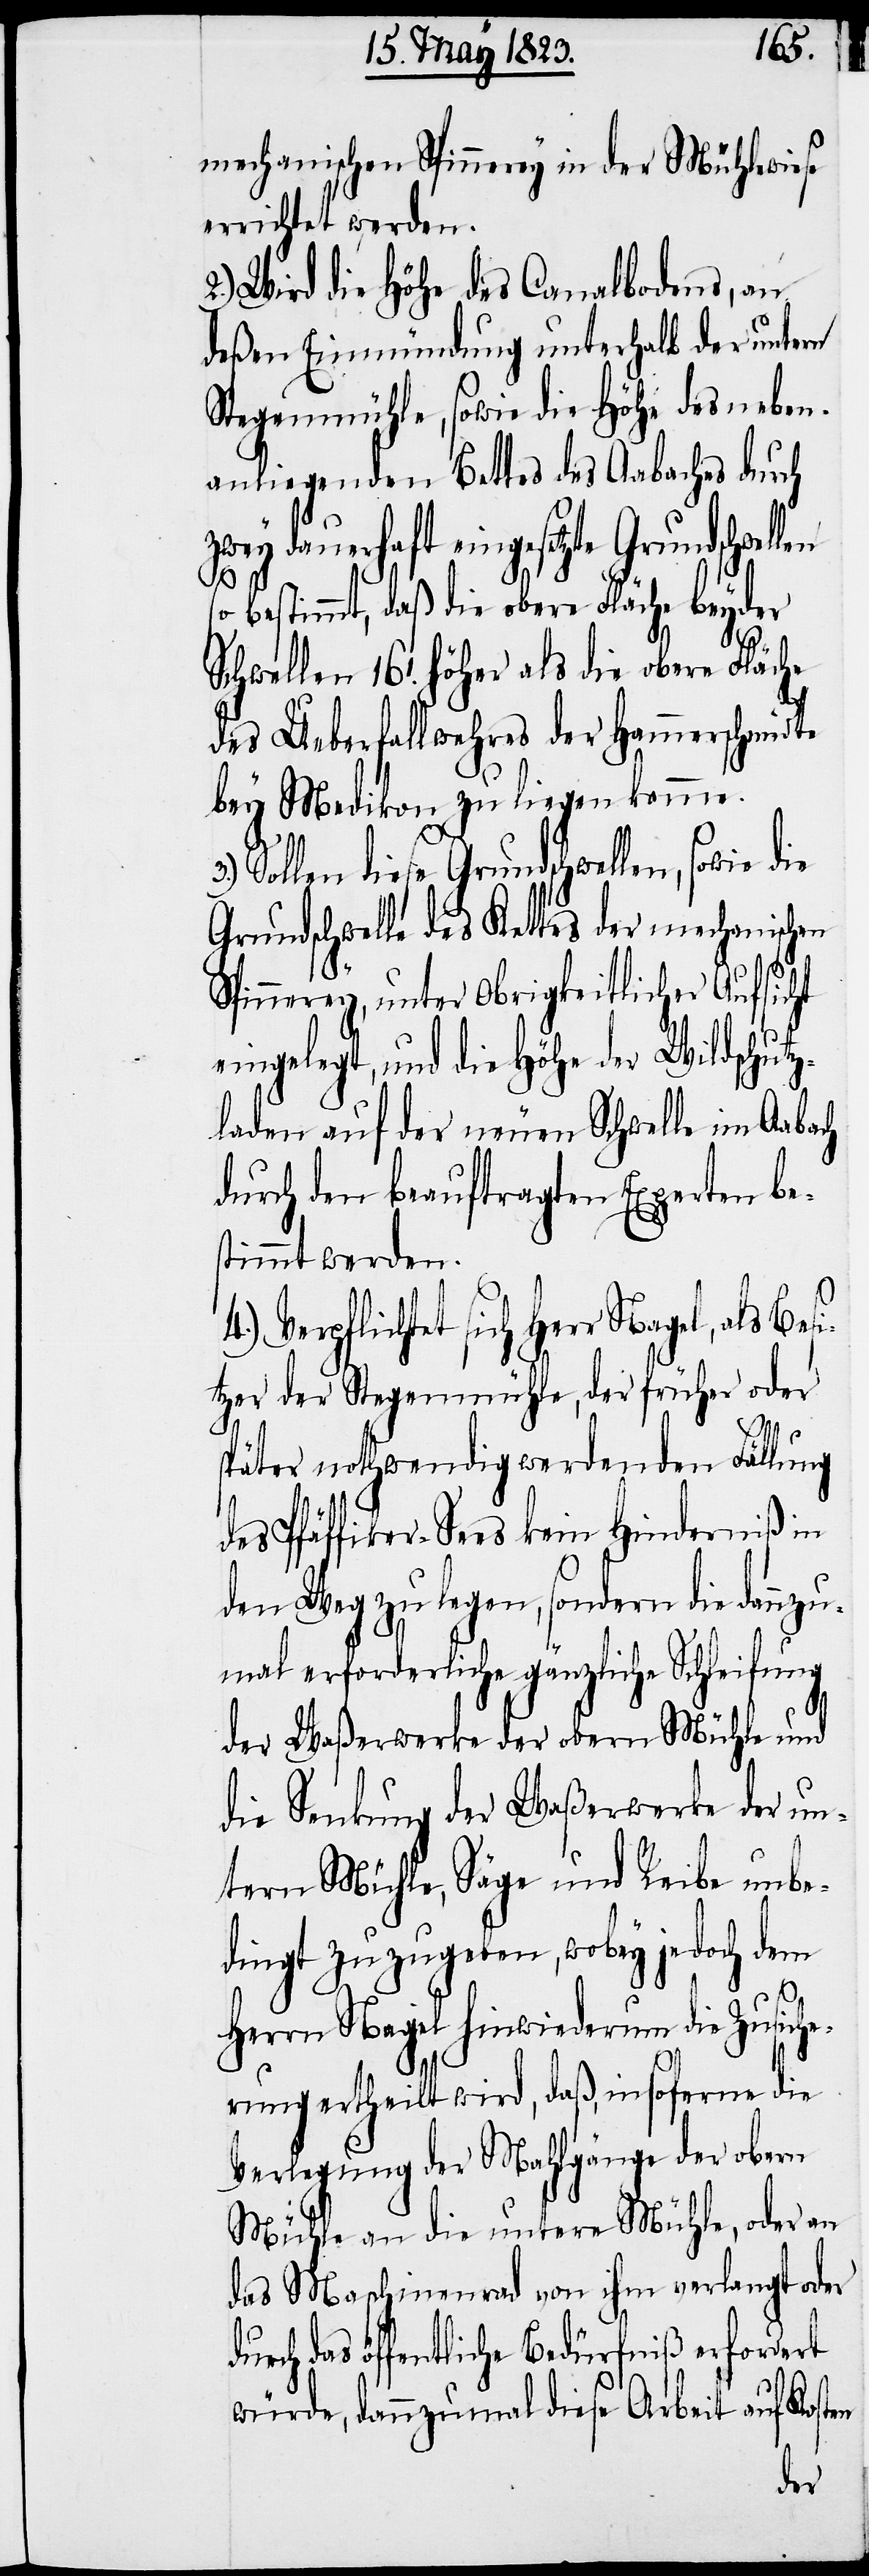
mechanischen Spinnerey in der Mühlewiese
errichtet werden.
2.) Wird die Höhe des Canalbodens, an
deßen Einmündung unterhalb der untern
Stegenmühle, sowie die Höhe des neben¬
anliegenden Bettes des Aabaches durch
zwey dauerhaft eingesetzte Grundschwel¬
len s¬
o bestimmt, daß die obere Fläche beyder
Schwellen 16‘. höher als die obere Fläche
des Ueberfallwehres der Hammerschmidte
bey Medikon zu liegen komme.
Sollen diese Grundschwellen, sowie die
Grundschwelle des Kettes der mechanischen
Spinnerey, unter Obrigkeitlicher Aufsicht
eingelegt, und die Höhe der Wildschutz¬
laden auf der neuen Schwelle im Aabach
durch den beauftragten Experten be¬
stimmt werden.
Verpflichtet sich Herr Nagel, als
itzer der Stegenmühle, der früher oder
Bes¬
später nothwendig werdenden Fällung
des Pfäffiker-Sees kein Hinderniß in
den Weg zu legen, sondern die dannz¬
umal erforderliche gänzliche Schleifung
der Waßerwerke der obern Mühle und
die Senkung der Waßerwerke der un¬
tern Mühle, Säge und Reibe unbe¬
dingt zuzugeben, wobey jedoch dem
Herrn Nagel hinwiederum die Zusich¬
erung ertheilt wird, daß, insoferne die
Verlegung der Mahlgänge der obern
Mühle an die untere Mühle, oder an
das Maschinenrad von ihm verlangt oder
durch das öffentliche Bedürfniß erfordert
würde, dannzumal diese Arbeit auf Kosten